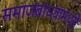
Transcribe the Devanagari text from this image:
समाजबांधवांमध्ये